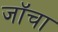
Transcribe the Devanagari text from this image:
जॉचा